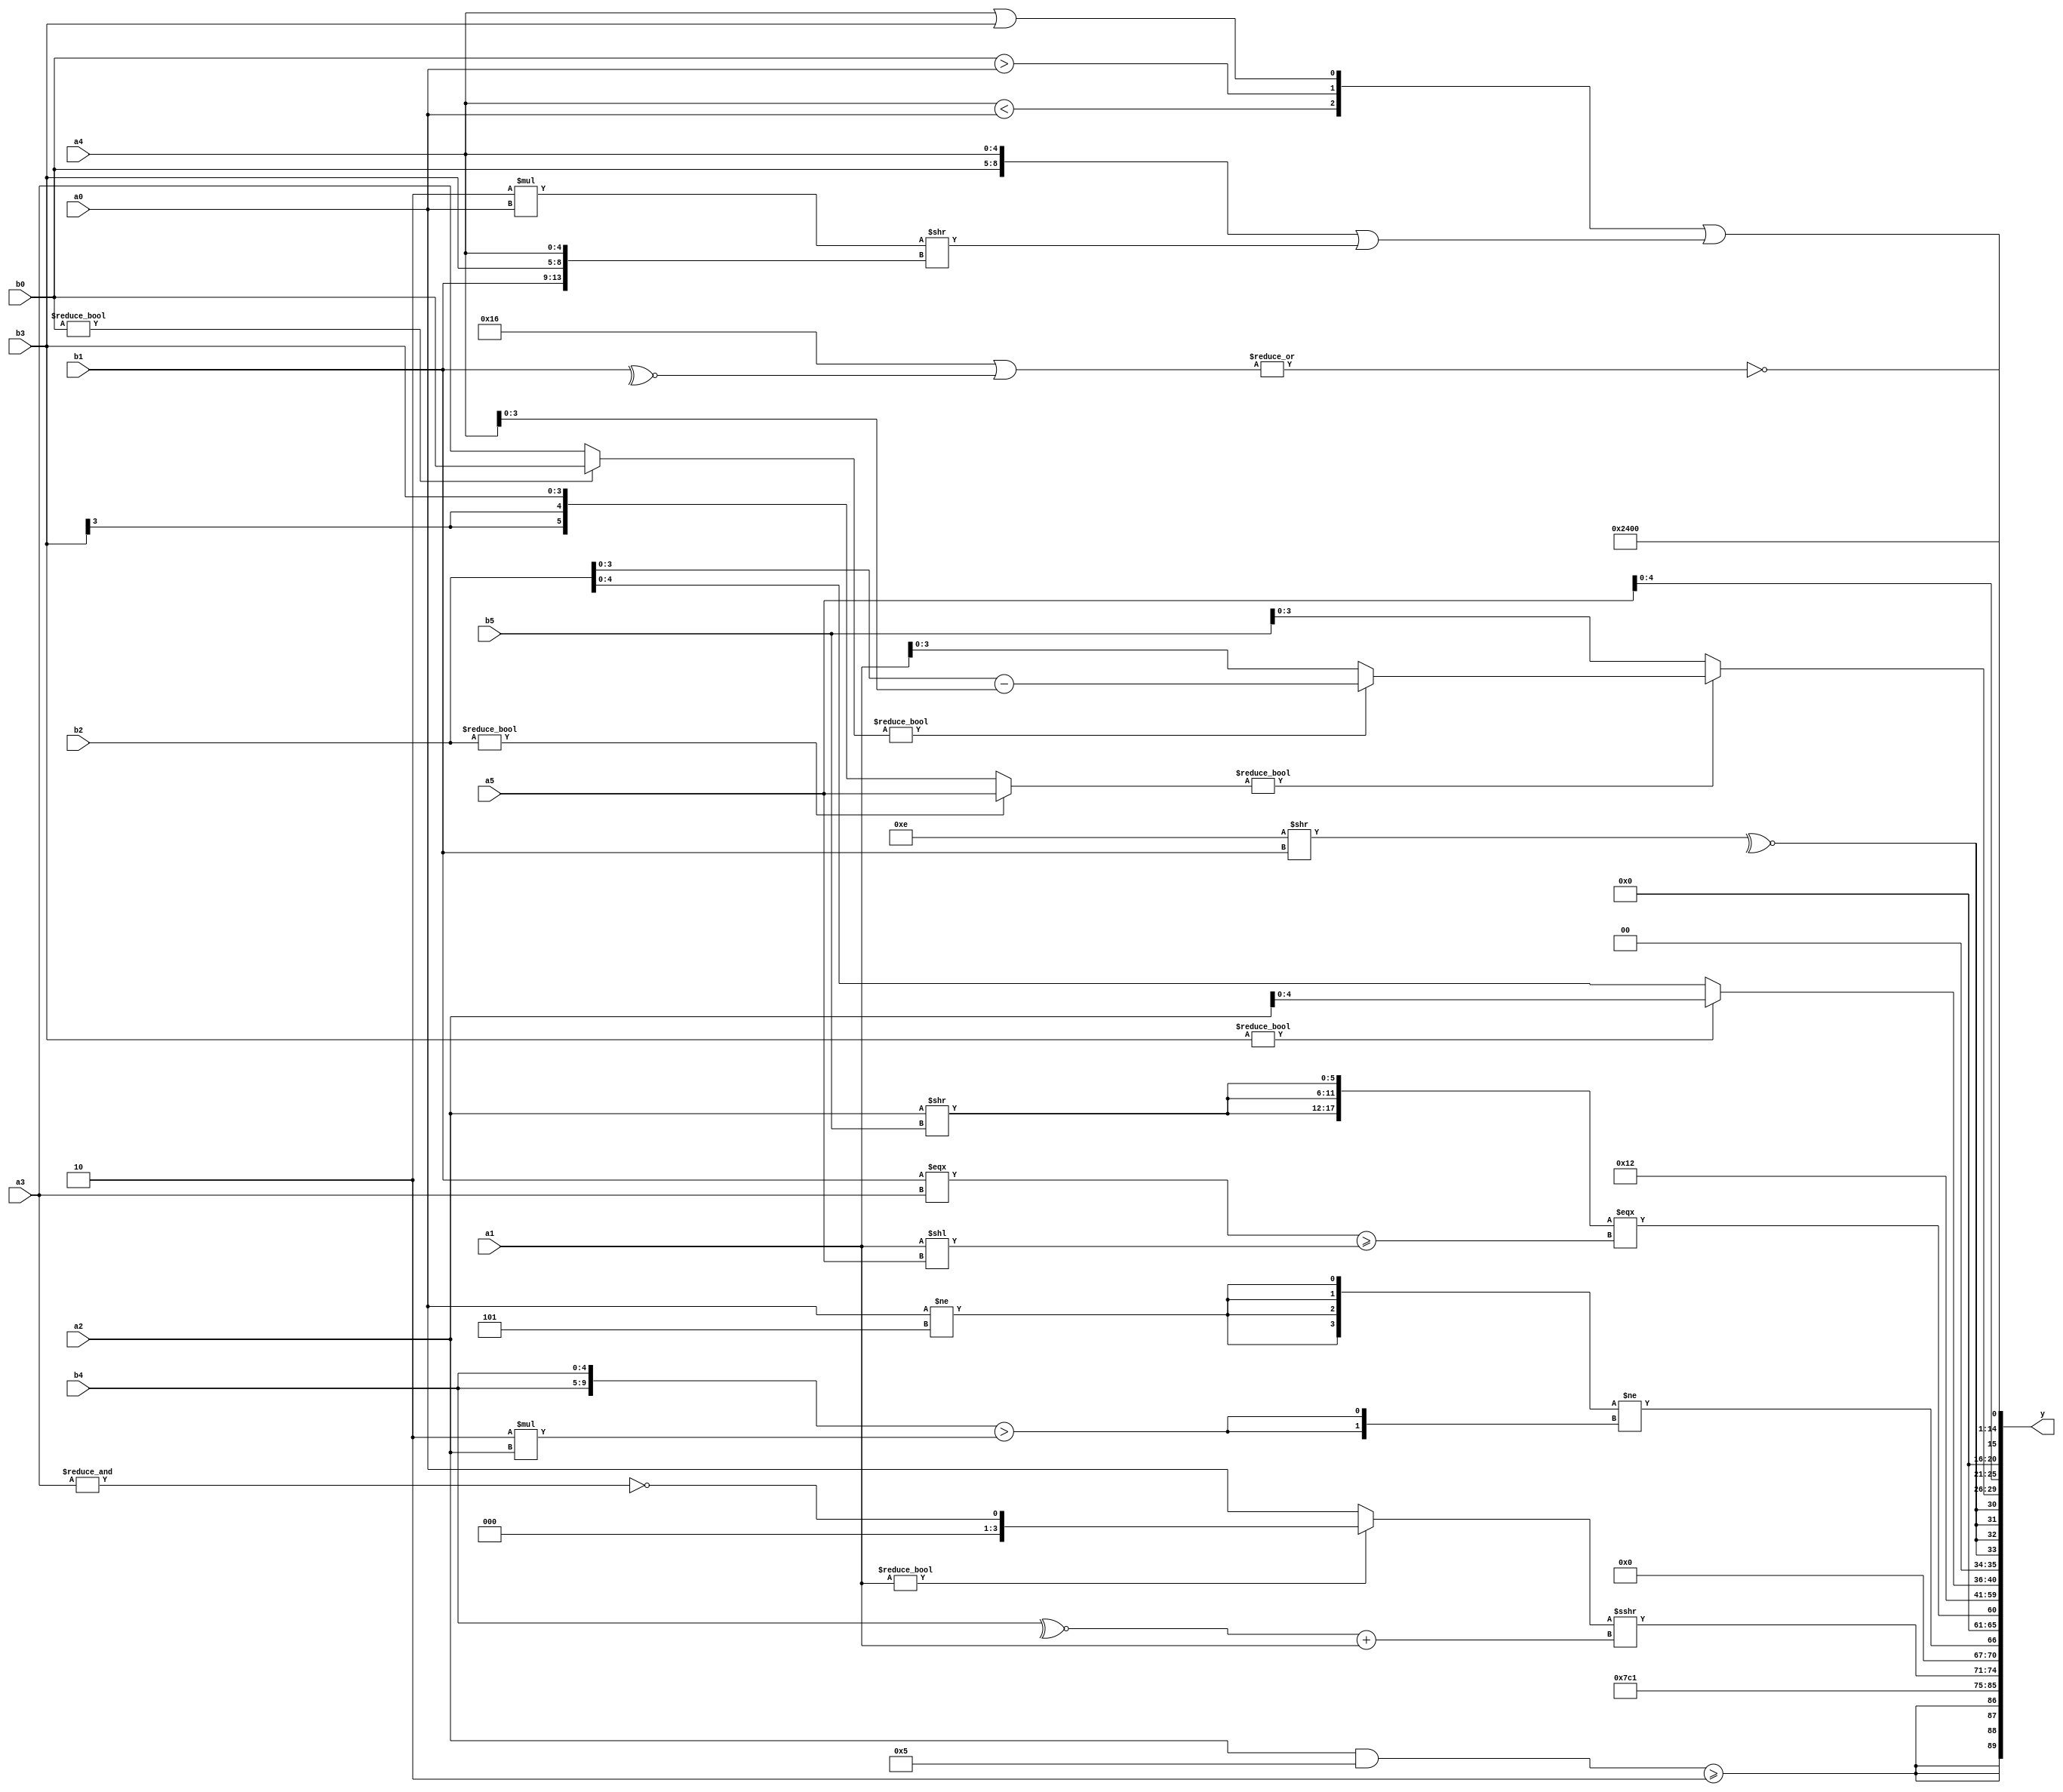
module expression_00216(a0, a1, a2, a3, a4, a5, b0, b1, b2, b3, b4, b5, y);
  input [3:0] a0;
  input [4:0] a1;
  input [5:0] a2;
  input signed [3:0] a3;
  input signed [4:0] a4;
  input signed [5:0] a5;

  input [3:0] b0;
  input [4:0] b1;
  input [5:0] b2;
  input signed [3:0] b3;
  input signed [4:0] b4;
  input signed [5:0] b5;

  wire [3:0] y0;
  wire [4:0] y1;
  wire [5:0] y2;
  wire signed [3:0] y3;
  wire signed [4:0] y4;
  wire signed [5:0] y5;
  wire [3:0] y6;
  wire [4:0] y7;
  wire [5:0] y8;
  wire signed [3:0] y9;
  wire signed [4:0] y10;
  wire signed [5:0] y11;
  wire [3:0] y12;
  wire [4:0] y13;
  wire [5:0] y14;
  wire signed [3:0] y15;
  wire signed [4:0] y16;
  wire signed [5:0] y17;

  output [89:0] y;
  assign y = {y0,y1,y2,y3,y4,y5,y6,y7,y8,y9,y10,y11,y12,y13,y14,y15,y16,y17};

  localparam [3:0] p0 = (~(~^(+(^(!(-(|(~&(&(5'd22))))))))));
  localparam [4:0] p1 = ((((-3'sd3)?(2'd0):(3'sd1))/(3'd2))?((~|(-4'sd2))&((-2'sd0)>=(3'sd0))):(~((5'd4)?(2'd0):(2'd3))));
  localparam [5:0] p2 = (-(~(~^(~((-(((5'd16)>>(-2'sd1))||((2'sd1)<=(5'sd0))))>>>(~^((~|(5'sd15))<(|(2'd0)))))))));
  localparam signed [3:0] p3 = ((4'sd5)?(-5'sd11):(2'sd0));
  localparam signed [4:0] p4 = (5'd12);
  localparam signed [5:0] p5 = ((-4'sd1)?(2'd2):(2'sd1));
  localparam [3:0] p6 = (((~&(~^(3'd7)))?((3'd3)?(-3'sd0):(4'd14)):(~|(+(5'd27))))^(!(&((~^(-(2'd2)))===((4'd5)>=(4'd11))))));
  localparam [4:0] p7 = (&(-5'sd2));
  localparam [5:0] p8 = (!(5'sd4));
  localparam signed [3:0] p9 = {1{({1{{1{((3'd7)<<<(3'sd0))}}}}!=(-3'sd3))}};
  localparam signed [4:0] p10 = {3{(-3'sd1)}};
  localparam signed [5:0] p11 = (-(2'd1));
  localparam [3:0] p12 = (~(~^(!(~^(|(~|(^(^(|(^(!(&(|(!(~(4'd3))))))))))))))));
  localparam [4:0] p13 = (+(+(-{(-{(&(3'd4)),{(3'd0)},(|(-4'sd7))})})));
  localparam [5:0] p14 = ({1{({1{(-2'sd1)}}<<((2'd0)!==(4'd8)))}}^~({2{(5'd14)}}^{3{(2'sd1)}}));
  localparam signed [3:0] p15 = ((4'd0)<(4'sd2));
  localparam signed [4:0] p16 = (!((((-3'sd1)*(5'd9))||((-2'sd1)?(3'd6):(5'd0)))<<<(((5'd8)^~(-5'sd2))?(!(4'd4)):((-4'sd5)!=(4'sd0)))));
  localparam signed [5:0] p17 = (^(~&(5'd2 * (4'd5))));

  assign y0 = {4{((a2&&p3)>=(4'd2 * p2))}};
  assign y1 = (~(p11-p11));
  assign y2 = {2{p2}};
  assign y3 = (($signed(a1)?(~&a3):(p3?a0:b4))>>>$unsigned($signed(((~^b4)+(p15?a1:a4)))));
  assign y4 = ({4{(a0!=p3)}}!={2{({2{b4}}>(6'd2 * a2))}});
  assign y5 = ({3{(a2>>b5)}}===((b1===a3)>=(a1<<a5)));
  assign y6 = ($signed($signed((~|((p16>>>p6)!=(p12-p9)))))+$signed((~(~|((p16>>p7)>>>(p13-p9))))));
  assign y7 = ({(-5'sd5),$signed({p6,p9}),{1{(p14&p15)}}}>=(-2'sd1));
  assign y8 = $unsigned((($unsigned((^(p7||p11)))|((!p7)!=(p6<<<p13)))));
  assign y9 = (2'd2);
  assign y10 = (b3?a2:b2);
  assign y11 = {4{(~^(p0>>b1))}};
  assign y12 = $unsigned(($signed(($unsigned((b2?a5:b3))?((b0?b0:a3)?(b2-a4):{2{a1}}):{3{(p9?b5:b5)}}))));
  assign y13 = $unsigned({a4,b5,a5});
  assign y14 = (~|(((5'd22)|((~^b1)<<(&p17)))));
  assign y15 = (((p13+p9)>(-3'sd3))^~(4'd6));
  assign y16 = $signed($signed($signed((($signed({3{p10}}))?(-({3{p12}}?(p3?p6:p6):{4{p3}})):{4{{2{p13}}}}))));
  assign y17 = $unsigned($signed(({{$signed((a4<a0)),{(b0>a0)},(a4||b3)}}||(({({b0,a4})}||((4'd2 * a0)>>{b1,b3,a4}))))));
endmodule